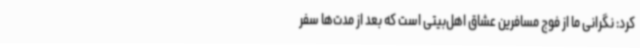
کرد: نگرانی ما از فوج مسافرین عشاق اهل‌بیتی است که بعد از مدت‌ها سفر